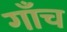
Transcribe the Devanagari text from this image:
गाँच